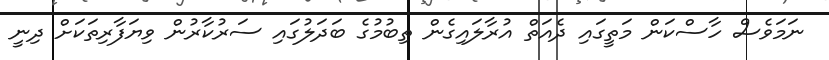
ނަމަވެސް ހާސްކަން މަތީގައި ދެއަތް އުރާލައިގެން ތިބުމުގެ ބަދަލުގައި ސަރުކާރުން ވިޔަފާރިތަކަށް ދިނީ